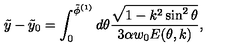
\tilde { y } - \tilde { y } _ { 0 } = \int _ { 0 } ^ { \tilde { \phi } ^ { ( 1 ) } } d \theta { \frac { \sqrt { 1 - k ^ { 2 } \sin ^ { 2 } \theta } } { 3 \alpha w _ { 0 } E ( \theta , k ) } } ,